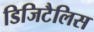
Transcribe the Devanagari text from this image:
डिजिटैलिस